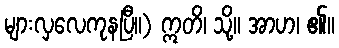
များလှလေကုနပြီ။) ဣတိ၊ သို့။ အာဟ၊ ၏။